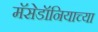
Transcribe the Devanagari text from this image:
मॅसेडॉनियाच्या